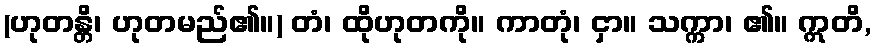
(ဟုတန္တိ၊ ဟုတမည်၏။) တံ၊ ထိုဟုတကို။ ကာတုံ၊ ငှာ။ သက္ကာ၊ ၏။ ဣတိ,